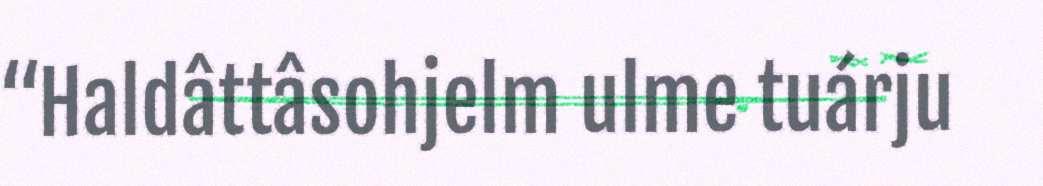
“Haldâttâsohjelm ulme tuárju